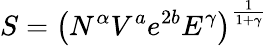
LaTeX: S=\left(N^{\alpha}V^{a}e^{2b}E^{\gamma}\right)^{\frac{1}{1+\gamma}}